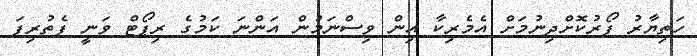
ހަތިޔާރު ފޯރުކޮށްދިނުމަށް އެމެރިކާ އިން ވިސްނަމުން އަންނަ ކަމުގެ ރިޕޯޓް ވަނީ ފެތުރިފަ